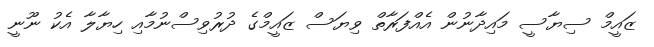
ޒައީމް ސިޔާސީ މައިދާނުން އެއްފަރާތް ވިޔަސް ޒައީމްގެ ދުރުވިސްނުމާއި ހިޔާލާ އެކު ނޫނީ